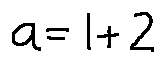
a = 1 + 2